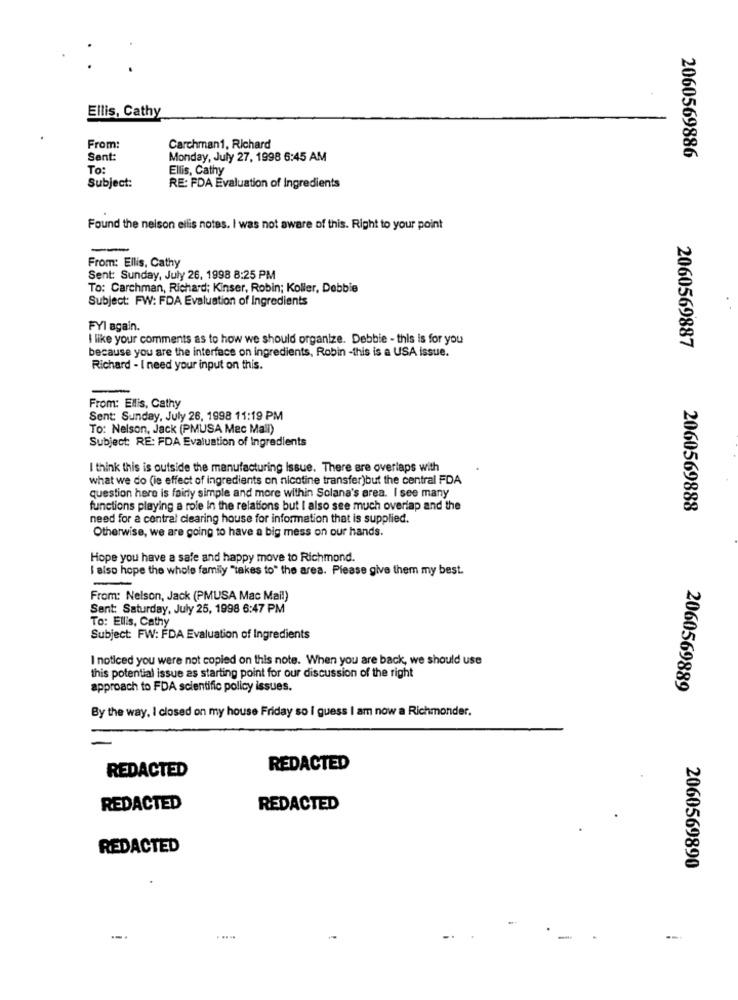
Ellis, Cathy
From:
Carchman1, Richard
Sent:
Monday, July 27, 1998 6:45 AM
2060569886
To
Ellis, Cathy
Subject:
RE: FDA Evaluation of Ingredients
Found the nelson ellis notes. I was not aware of this. Right to your point
-
From: Ellis, Cathy
Sent: Sunday, July 26, 1998 8:25 PM
To: Carchman, Richard; Kinser, Robin; Koller, Debbie
Subject: FW: FDA Evaluation of Ingredients
FYI again.
I like your comments as to how we should organize. Debbie - this is for you
because you are the interface on ingredients, Robin -this is a USA issue.
2060569887
Richard - I need your input on this.
-
From: Ellis, Cathy
Sent: Sunday, July 26, 1998 11:19 PM
To: Nelson, Jack (PMUSA Mac Mall)
Subject: RE: FDA Evaluation of Ingredients
I think this is outside the manufacturing Issue. There are overlaps with
what we do (ie effect of ingredients on nicotine transfer)but the central FDA
question here is fairly simple and more within Solana's area. I see many
functions playing a role In the relations but I also see much overlap and the
2060569888
need for a central clearing house for information that is supplied.
Otherwise, we are going to have a big mess on our hands.
Hope you have a safe and happy move to Richmond.
I also hope the whole family "takes to" the area. Please give them my best.
=
From: Nelson, Jack (PMUSA Mac Mai!)
Sent: Saturday, July 25, 1998 6:47 PM
To: Ellis, Cathy
Subject: FW: FDA Evaluation of Ingredients
I noticed you were not copied on this note. When you are back, we should use
this potential issue as starting point for our discussion of the right
approach to FDA scientific policy issues.
2060569889
By the way, I closed on my house Friday so i guess I am now a Richmonder.
REDACTED
REDACTED
REDACTED
REDACTED
REDACTED
2060569890
--.
-